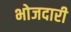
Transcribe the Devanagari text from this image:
भोजदारी